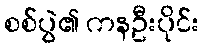
စစ်ပွဲ၏ ကနဦးပိုင်း